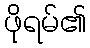
ဖိုရမ်၏